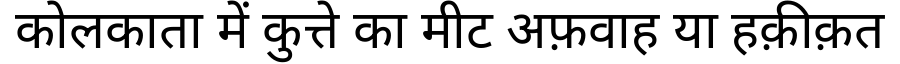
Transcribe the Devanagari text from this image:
कोलकाता में कुत्ते का मीट अफ़वाह या हक़ीक़त